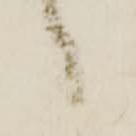
候